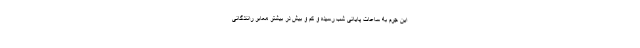
این جرم به ساعات پایانی شب رسیده و کم و بیش در بیشتر معابر رانندگانی